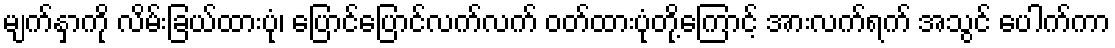
မျက်နှာကို လိမ်းခြယ်ထားပုံ၊ ပြောင်ပြောင်လက်လက် ဝတ်ထားပုံတို့ကြောင့် အားလက်ရက် အသွင် ပေါက်ကာ